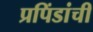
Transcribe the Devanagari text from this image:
प्रपिंडांची